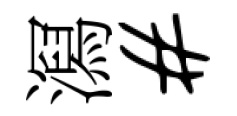
㵼#